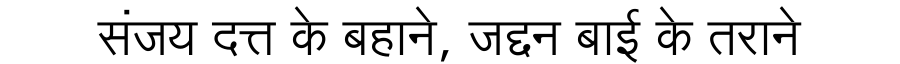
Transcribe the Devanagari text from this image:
संजय दत्त के बहाने, जद्दन बाई के तराने